Lunatic asylums Punjab 1868-1880 - 1868-1880
Year: 1868
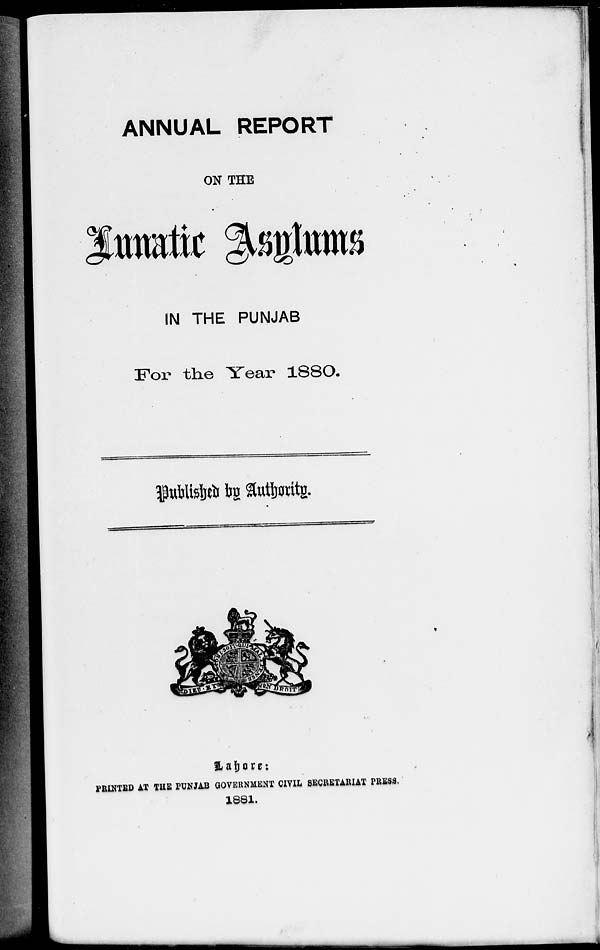
ANNUAL REPORT
ON THE
IN THE PUNJAB
For the Year 1880.
Published by Authority.
Lahore :
PRINTED AT THE PUNJAB GOVERNMENT CIVIL SECRETARIAT PRESS.
1881.